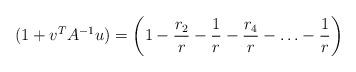
LaTeX: \begin{align*} (1+v^TA^{-1}u) &= \left(1-\frac{r_2}{r}-\frac{1}{r}-\frac{r_4}{r}-\ldots-\frac{1}{r}\right)\end{align*}